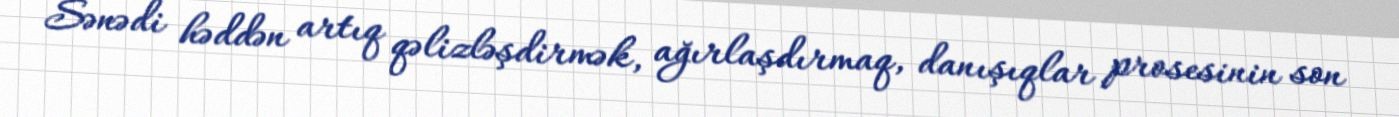
Sənədi həddən artıq qəlizləşdirmək, ağırlaşdırmaq, danışıqlar prosesinin son